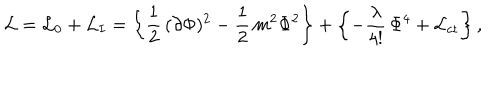
LaTeX: { \cal L } = { \cal L } _ { 0 } + { \cal L } _ { I } = \left\{ \frac { 1 } { 2 } \, ( \partial \Phi ) ^ { 2 } - \frac { 1 } { 2 } \, m ^ { 2 } \Phi ^ { 2 } \right\} + \left\{ - \frac { \lambda } { 4 ! } \, \Phi ^ { 4 } + { \cal L } _ { \mathrm { c t } } \right\} ,